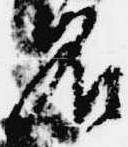
名